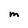
Character: M